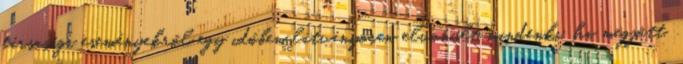
társasági eseményekről egy időben látványosan elvonult mindenki, ha megjött.